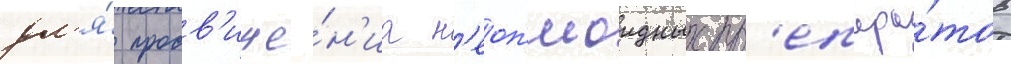
дл'я́ продв'иже́н'иа н'еоп'иоидных пр'епара́тов